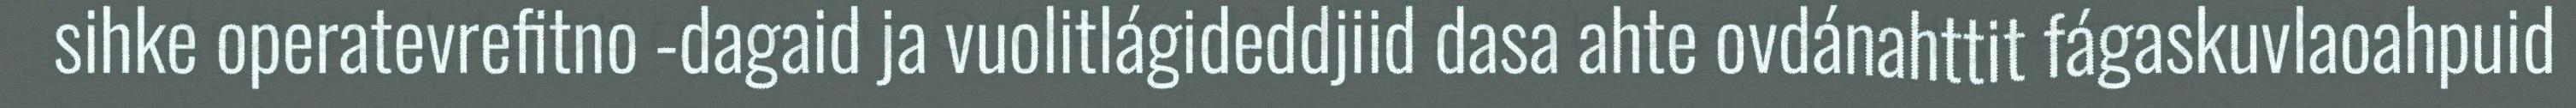
sihke operatevrefitno -dagaid ja vuolitlágideddjiid dasa ahte ovdánahttit fágaskuvlaoahpuid